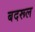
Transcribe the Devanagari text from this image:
बदरूल